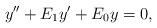
LaTeX: \begin{align*} y'' + E_1 y' + E_0 y = 0,\end{align*}